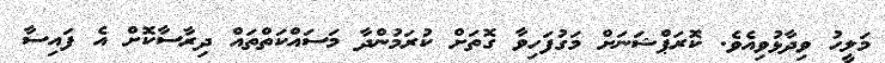
މަލީހު ވިދާޅުވިއެވެ. ކޮރަޕްޝަނަށް މަގުފަހިވާ ގޮތަށް ކުރަމުންދާ މަސައްކަތްތައް ދިރާސާކޮށް އެ ފައިސާ